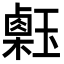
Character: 𤪇